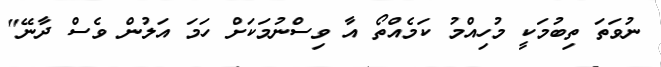
ނުވަތަ ތިބުމަކީ މުހިއްމު ކަމެއްތޯ އާ ވިސްނުމަކަށް ހަމަ އަލުން ވެސް ދާނޭ"